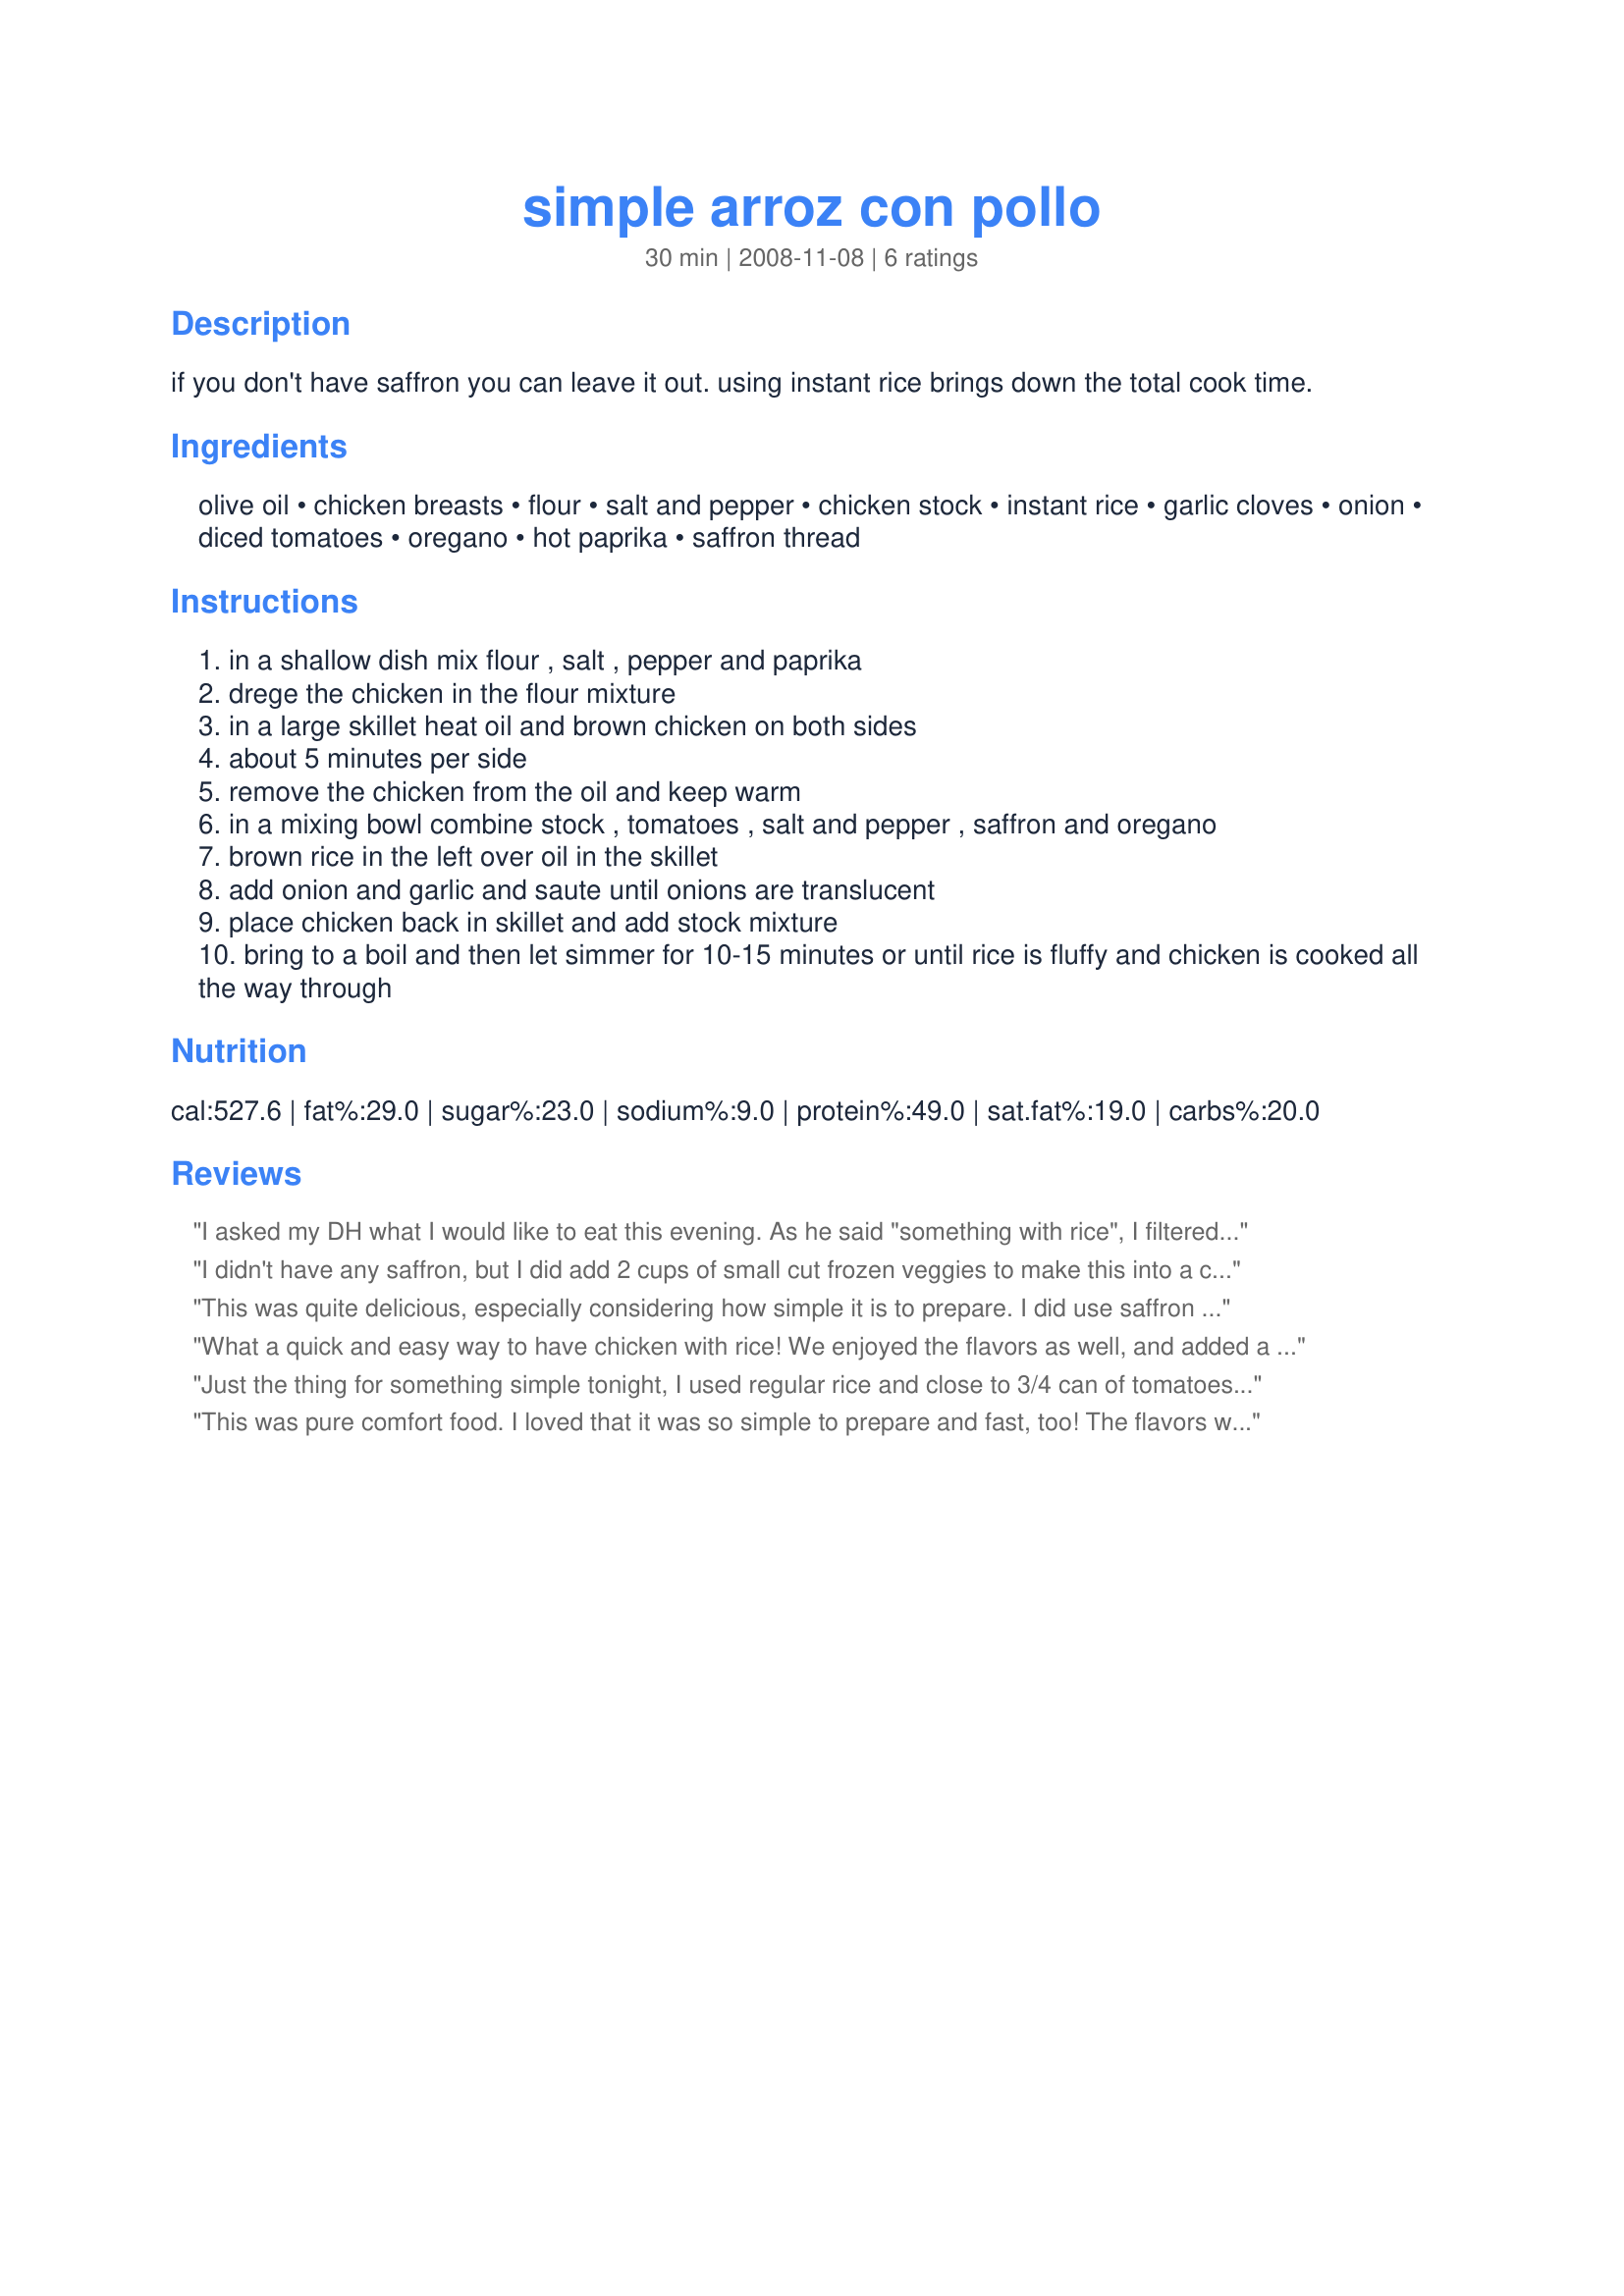
simple arroz con pollo
Preparation time: 30 minutes

if you don't have saffron you can leave it out. using instant rice brings down the total cook time.

Ingredients:
olive oil, chicken breasts, flour, salt and pepper, chicken stock, instant rice, garlic cloves, onion, diced tomatoes, oregano, hot paprika, saffron thread

Steps:
in a shallow dish mix flour , salt , pepper and paprika
drege the chicken in the flour mixture
in a large skillet heat oil and brown chicken on both sides
about 5 minutes per side
remove the chicken from the oil and keep warm
in a mixing bowl combine stock , tomatoes , salt and pepper , saffron and oregano
brown rice in the left over oil in the skillet
add onion and garlic and saute until onions are translucent
place chicken back in skillet and add stock mixture
bring to a boil and then let simmer for 10-15 minutes or until rice is fluffy and chicken is cooked all the way through

Reviews:
I asked my DH what I would like to eat this evening. As he said "something with rice", I filtered (looking under "arroz") the all user ZWT7 recipes for Central/South America.<br/>I saw this recipe and your name. This was a great choice.<br/>I never had instant rice; I prepared this with common rice and some more broth.<br/>Dana, Thanks for your recipe!
I didn't have any saffron, but I did add 2 cups of small cut frozen veggies to make this into a complete meal for my family. Plates all clean, one happy mummy! Made for ZWT8 (The Fearless Red Dragons)
This was quite delicious, especially considering how simple it is to prepare. I did use saffron because we really like it. And I used regular white rice (because I don't use instant rice), and it worked out quite nicely. The melding of all the ingredients worked quite well in this dish. We ended up with a nice side dish of Spanish Rice to go along with the chicken. I will remember this recipe in the future for any Spanish-themed dinner because it was wonderful and so easy to make. Thank you for sharing your recipe, Queen Dana. Made for ZWT8 - Spain/Portugal.
What a quick and easy way to have chicken with rice! We enjoyed the flavors as well, and added a heavy pinch of saffron (we just love it). Perfect for a nice home meal. Reviewed by a Saucy Senorita for ZWT5.
Just the thing for something simple tonight, I used regular rice and close to 3/4 can of tomatoes instead of half, I made 2 servings. Delicious flavor that we really enjoyed. Made for ZWT 7
This was pure comfort food. I loved that it was so simple to prepare and fast, too! The flavors work together very well. I'm putting this into my Best of the Best file, just because it was 10 star comfort food and it was so darn easy. Thank you! Made during the ZWT7 for the Golden Gourmets.
